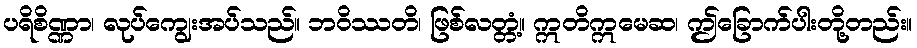
ပရိစိဏ္ဏာ၊ လုပ်ကျွေးအပ်သည်။ ဘဝိဿတိ၊ ဖြစ်လတ္တံ့။ ဣတိဣမေဆ၊ ဤခြောက်ပါးတို့တည်း။